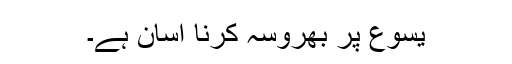
یسوع پر بھروسہ کرنا آسان ہے۔